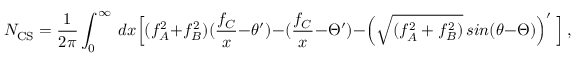
N _ { \mathrm { C S } } = \frac { 1 } { 2 \pi } \int _ { 0 } ^ { \infty } \ d x \Bigl [ ( f _ { A } ^ { 2 } + f _ { B } ^ { 2 } ) ( \frac { f _ { C } } { x } - \theta ^ { \prime } ) - ( \frac { f _ { C } } { x } - \Theta ^ { \prime } ) - \Bigl ( \sqrt { ( f _ { A } ^ { 2 } + f _ { B } ^ { 2 } ) } \, s i n ( \theta - \Theta ) \Bigr ) ^ { \prime } \ \Bigr ] \ ,